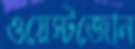
ওয়েস্টজোন